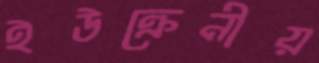
ইউক্রেনীয়